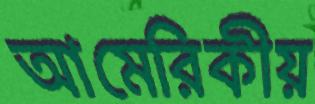
আমেরিকীয়